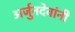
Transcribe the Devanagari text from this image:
अर्जुनदेवांनी